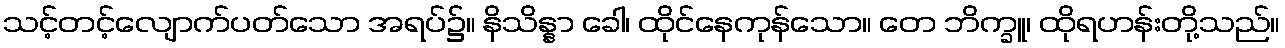
သင့်တင့်လျောက်ပတ်သော အရပ်၌။ နိသိန္နာ ခေါ၊ ထိုင်နေကုန်သော။ တေ ဘိက္ခူ၊ ထိုရဟန်းတို့သည်။